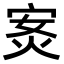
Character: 𭴣